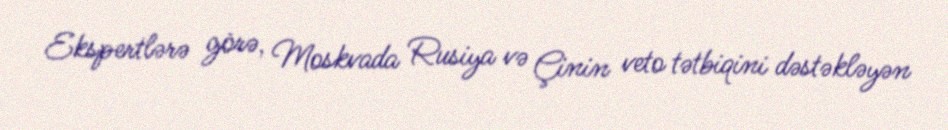
Ekspertlərə görə, Moskvada Rusiya və Çinin veto tətbiqini dəstəkləyən